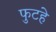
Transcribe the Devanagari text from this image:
फुटहे